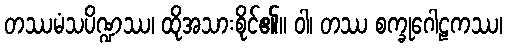
တဿမံသပိဏ္ဍဿ၊ ထိုအသားစိုင်၏။ ဝါ၊ တဿ စက္ခုဂေါဠကဿ၊